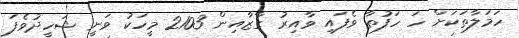
ހަމަލާތަކަށް ހަ ހަފުތާ ވެފައި ވާއިރު ގާޒާއިން 2103 މީހަކު ވަނީ ޝަހީދުވެފަ